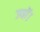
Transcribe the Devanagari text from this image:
ज्‍यों।